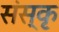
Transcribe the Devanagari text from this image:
संस्कृ